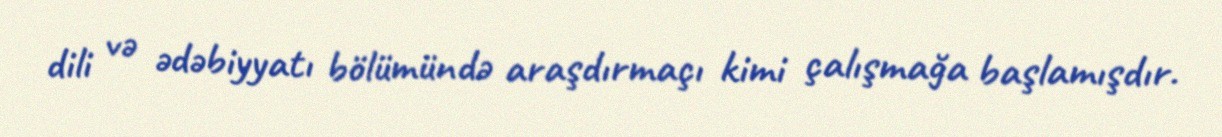
dili və ədəbiyyatı bölümündə araşdırmaçı kimi çalışmağa başlamışdır.